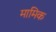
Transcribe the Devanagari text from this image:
मामिक